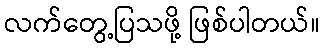
လက်တွေ့ပြသဖို့ ဖြစ်ပါတယ်။